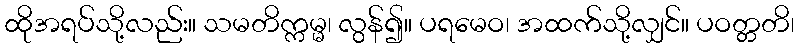
ထိုအရပ်သို့လည်း။ သမတိက္ကမ္မ၊ လွန်၍။ ပရမေဝ၊ အထက်သို့လျှင်။ ပဝတ္တတိ၊